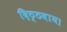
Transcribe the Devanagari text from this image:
दिठ्ठवाय।